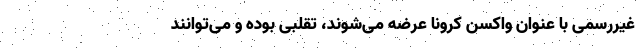
غیررسمی با عنوان واکسن کرونا عرضه می‌شوند، تقلبی بوده و می‌توانند